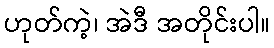
ဟုတ်ကဲ့၊ အဲဒီ အတိုင်းပါ။